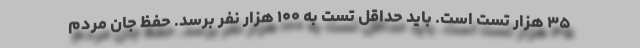
۳۵ هزار تست است. باید حداقل تست به ۱۰۰ هزار نفر برسد. حفظ جان مردم